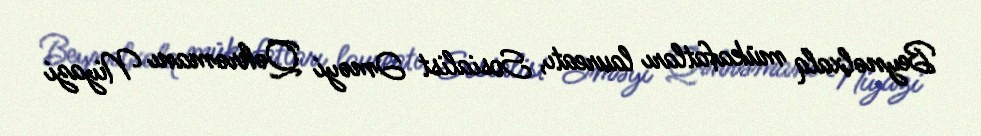
Beynəlxalq mükafatları laureatı, Sosialist Əməyi Qəhrəmanı Niyazi